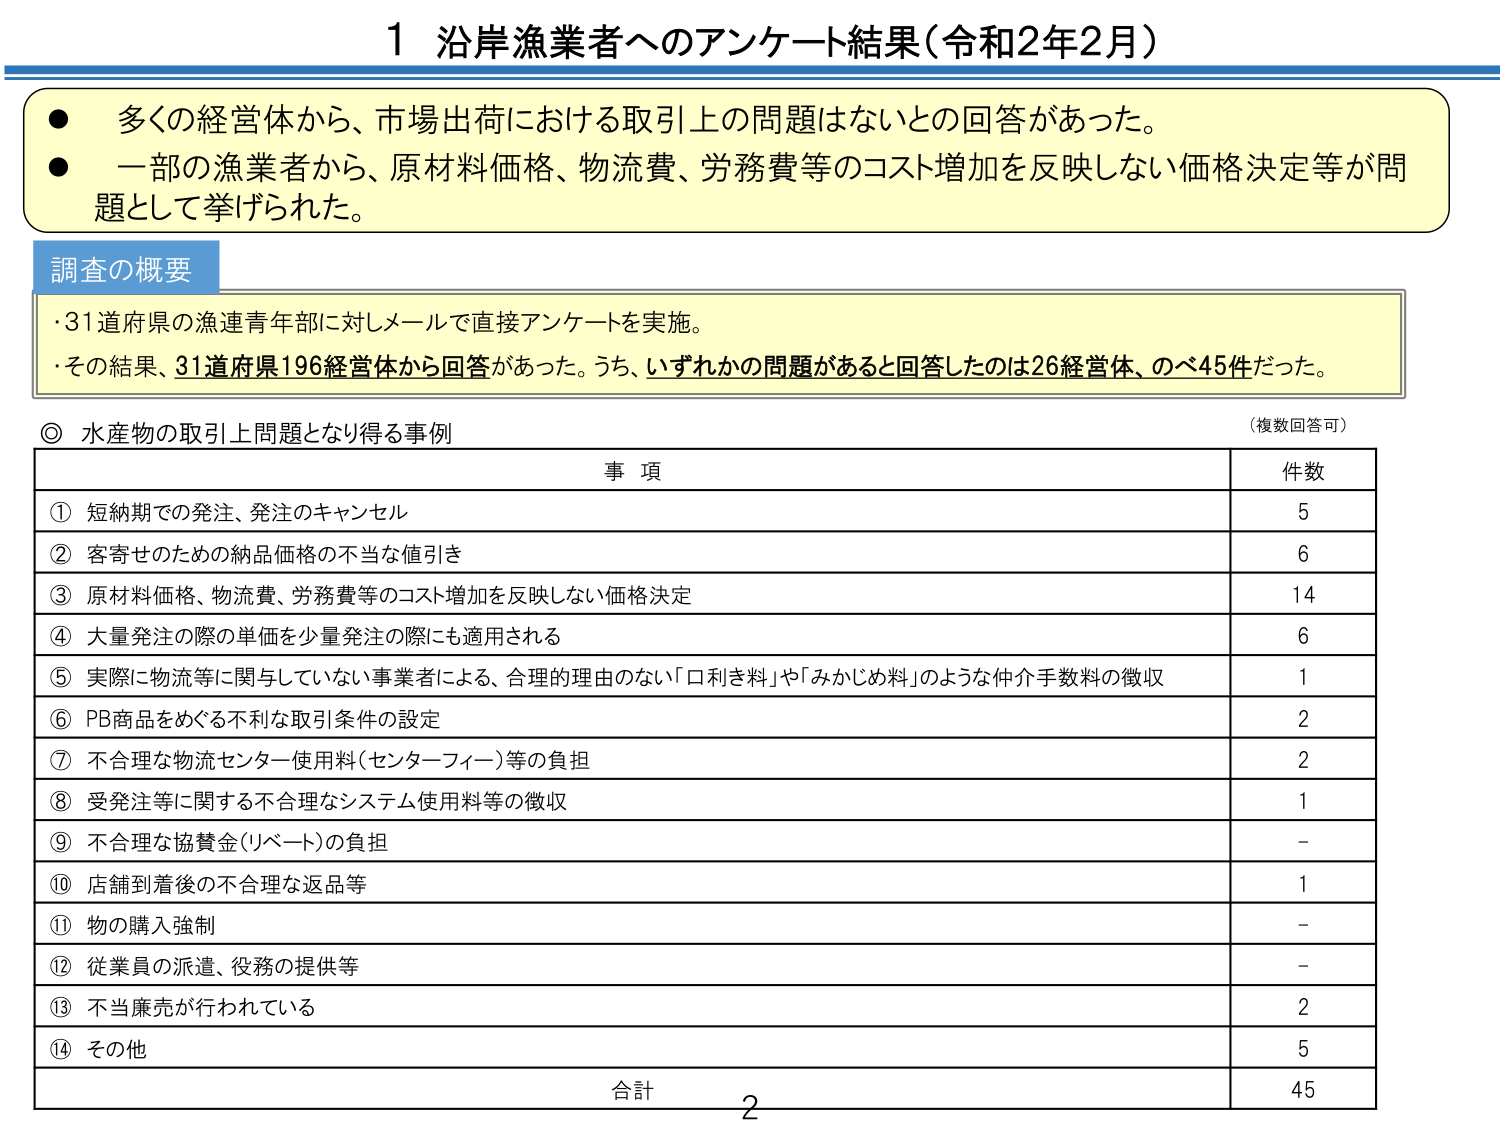
1 沿岸漁業者へのアンケート結果（令和2年2月）

● 多くの経営体から、市場出荷における取引上の問題はないとの回答があった。
● 一部の漁業者から、原材料価格、物流費、労務費等のコスト増加を反映しない価格決定等が問題として挙げられた。

調査の概要
・31道府県の漁連青年部に対しメールで直接アンケートを実施。
・その結果、31道府県196経営体から回答があった。うち、いずれかの問題があると回答したのは26経営体、のべ45件だった。

◎ 水産物の取引上問題となり得る事例 （複数回答可）

事項 件数
① 短納期での発注、発注のキャンセル 5
② 客寄せのための納品価格の不当な値引き 6
③ 原材料価格、物流費、労務費等のコスト増加を反映しない価格決定 14
④ 大量発注の際の単価を少量発注の際にも適用される 6
⑤ 実際に物流等に関与していない事業者による、合理的理由のない「口利き料」や「みかじめ料」のような仲介手数料の徴収 1
⑥ PB商品をめぐる不利な取引条件の設定 2
⑦ 不合理な物流センター使用料（センターフィー）等の負担 2
⑧ 受発注等に関する不合理なシステム使用料等の徴収 1
⑨ 不合理な協賛金（リベート）の負担 -
⑩ 店舗到着後の不合理な返品等 1
⑪ 物の購入強制 -
⑫ 従業員の派遣、役務の提供等 -
⑬ 不当廉売が行われている 2
⑭ その他 5

合計 45

2